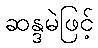
ဆန္ဒမဲဖြင့်